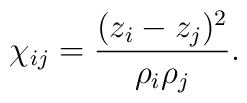
\chi_{ij}={(z_i-z_j)^2\over\rho_i\rho_j}.